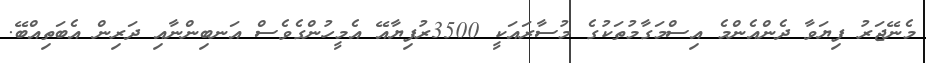
މެނޭޖަރު ފިޔަވާ ދެންއެންމެ އިސްމަގާމުތަކުގެ މުސާރައަކީ 3500ރުފިޔާއޭ އެމީހުންގެވެސް އަނބިންނާއި ދަރިން އެބަތިއްބޭ.